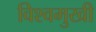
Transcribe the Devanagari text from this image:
विश्वमुखी